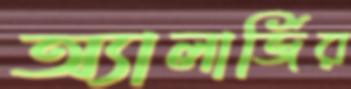
অ্যালার্জির